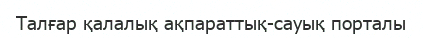
Талғар қалалық ақпараттық-сауық порталы